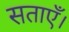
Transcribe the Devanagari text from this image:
सताएँ।